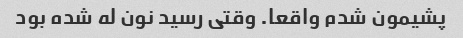
پشیمون شدم واقعا. وقتی رسید نون له شده بود